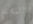
المجلة